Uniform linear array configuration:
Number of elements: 12
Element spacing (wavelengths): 0.25
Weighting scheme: cosine
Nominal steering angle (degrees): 60
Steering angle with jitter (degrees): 61.873
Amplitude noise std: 0.05
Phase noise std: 0.05

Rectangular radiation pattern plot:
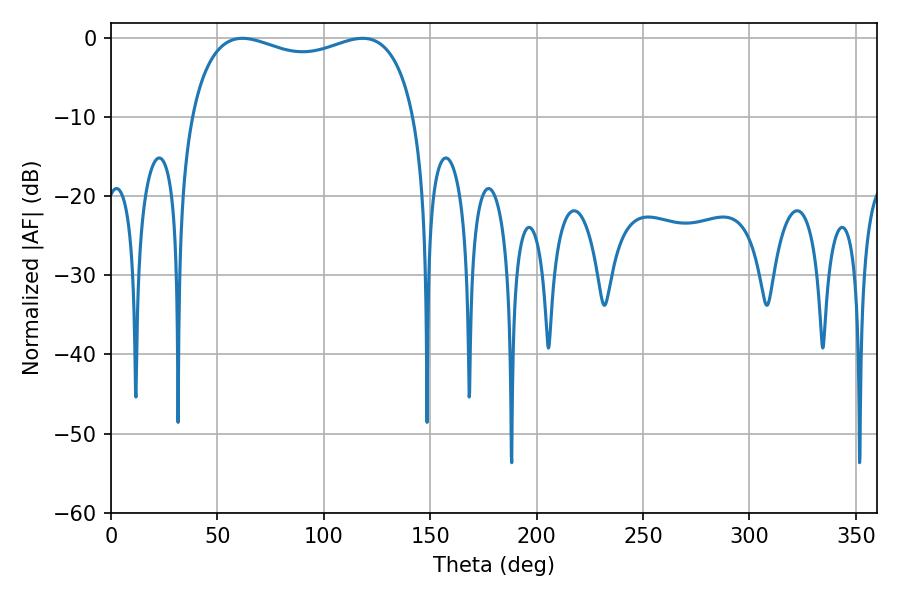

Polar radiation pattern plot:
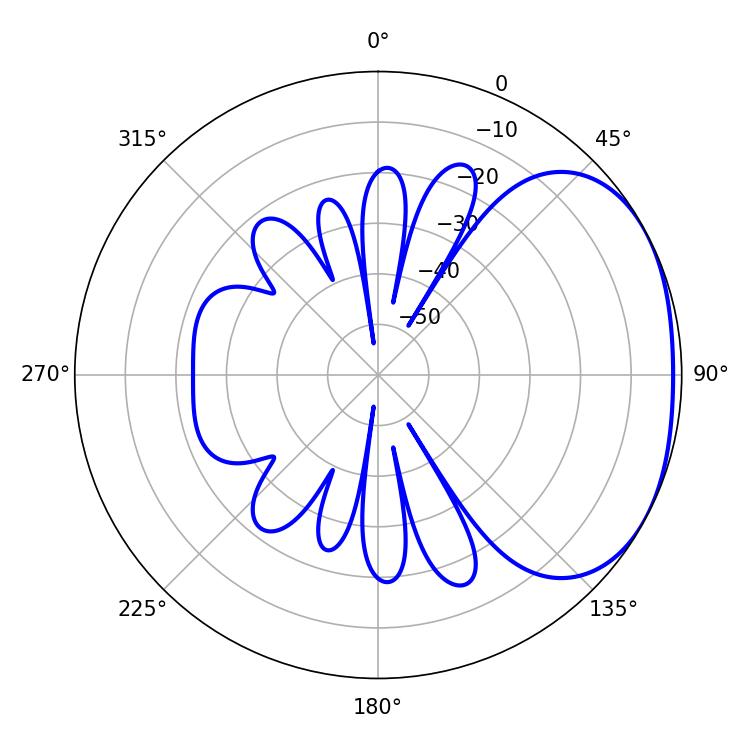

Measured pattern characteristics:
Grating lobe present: FALSE
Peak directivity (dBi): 2.249
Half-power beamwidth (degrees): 86.76
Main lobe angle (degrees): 61.74